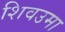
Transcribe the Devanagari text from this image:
शिवउमा